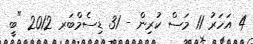
4 އަހަރު 11 މަސް ކުރިން - 31 ޑިސެމްބަރ 2012 "ބީ